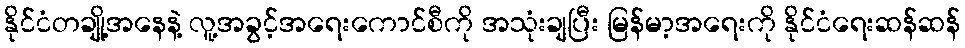
နိုင်ငံတချို့အနေနဲ့ လူ့အခွင့်အရေးကောင်စီကို အသုံးချပြီး မြန်မာ့အရေးကို နိုင်ငံရေးဆန်ဆန်